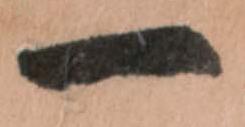
一